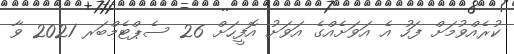
ކުރެއްވުމަށް ފަހު އެ އަވަށެއްގެ އަވަށު އޮފީހަށް 26 ސެޕްޓެމްބަރ 2021 ވާ